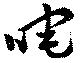
咤